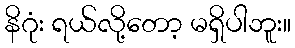
နိဂုံး ရယ်လို့တော့ မရှိပါဘူး။